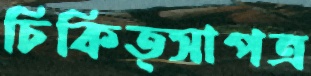
চিকিত্সাপত্র